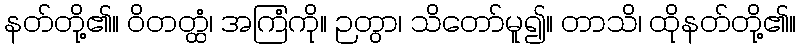
နတ်တို့၏။ ဝိတတ္ထံ၊ အကြံကို။ ဉတွာ၊ သိတော်မူ၍။ တာသိ၊ ထိုနတ်တို့၏။